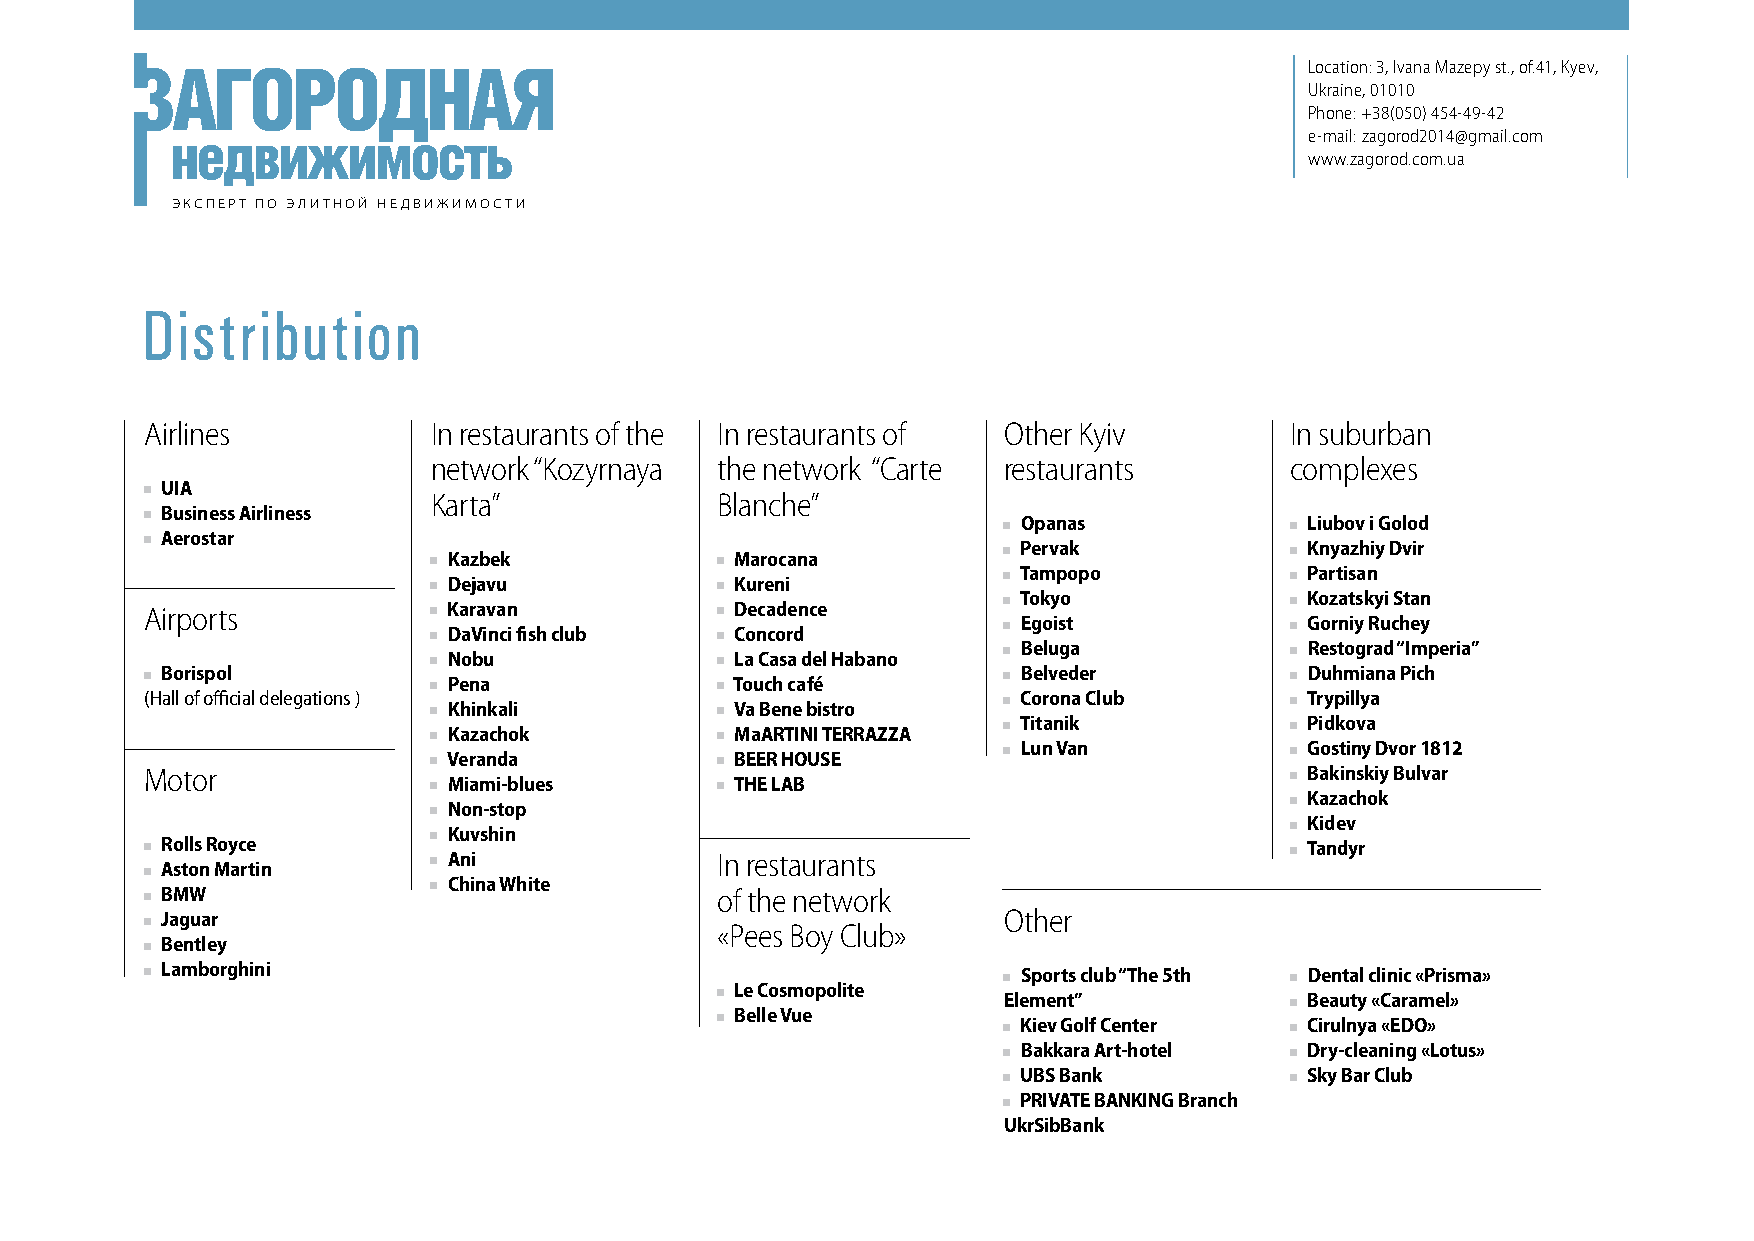
Location: 3, Ivana Mazepy st., of.41, Kyev,
 Ukraine, 01010
 Phone: +38(050) 454-49-42
 e-mail: zagorod2014@gmail.com
 www.zagorod.com.ua
 ЭКСПЕРТ ПО ЭЛИТНОЙ НЕДВИЖИМОСТИ
 Distribution
 Airlines           In restaurants of the In restaurants of Other Kyiv      In suburban
 network “Kozyrnaya the network “Carte restaurants       complexes
 UIA
 Karta”            Blanche”
 Business Airliness
 Opanas             Liubov i Golod
 Aerostar
 Pervak             Knyazhiy Dvir
 Kazbek             Marocana
 Tampopo            Partisan
 Dejavu             Kureni
 Tokyo              Kozatskyi Stan
 Airports            Karavan            Decadence
 Egoist             Gorniy Ruchey
 DaVinci fish club  Concord
 Beluga             Restograd “Imperia”
 Nobu               La Casa del Habano
 Borispol                                                 Belveder           Duhmiana Pich
 Pena               Touch café
 (Hall of official delegations )                           Corona Club        Trypillya
 Khinkali           Va Bene bistro
 Titanik            Pidkova
 Kazachok           MaARTINI TERRAZZA
 Lun Van            Gostiny Dvor 1812
 Veranda            BEER HOUSE
 Motor                                                                        Bakinskiy Bulvar
 Miami-blues        THE LAB
 Kazachok
 Non-stop
 Kidev
 Kuvshin
 Rolls Royce                                                                 Tandyr
 Ani              In restaurants
 Aston Martin
 China White
 BMW                                 of the network
 Jaguar                                                 Other
 «Pees Boy Club»
 Bentley
 Lamborghini                                              Sports club “The 5th Dental clinic «Prisma»
 Le Cosmopolite
 Element”             Beauty «Caramel»
 Belle Vue
 Kiev Golf Center   Cirulnya «EDO»
 Bakkara Art-hotel  Dry-cleaning «Lotus»
 UBS Bank           Sky Bar Club
 PRIVATE BANKING Branch
 UkrSibBank